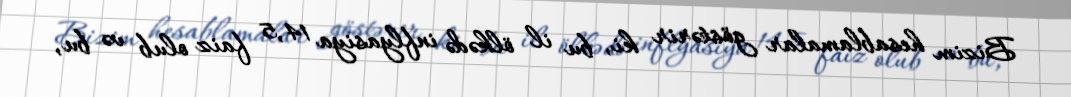
Bizim hesablamalar göstərir ki, bu il ölkədə inflyasiya 14,5 faiz olub və bu,